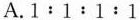
A.1:1:1:1